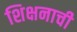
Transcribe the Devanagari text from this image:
शिक्षनाची